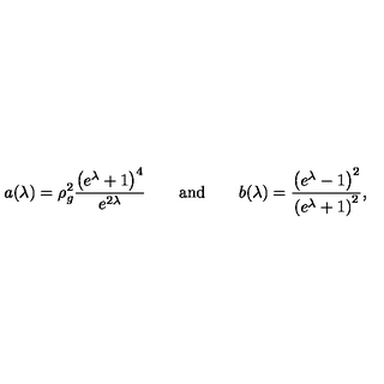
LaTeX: a ( \lambda ) = \rho _ { g } ^ { 2 } \frac { \left( e ^ { \lambda } + 1 \right) ^ { 4 } } { e ^ { 2 \lambda } } \qquad \mathrm { a n d } \qquad b ( \lambda ) = \frac { \left( e ^ { \lambda } - 1 \right) ^ { 2 } } { \left( e ^ { \lambda } + 1 \right) ^ { 2 } } ,